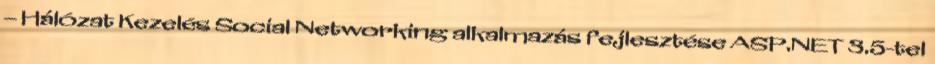
– Hálózat Kezelés Social Networking alkalmazás fejlesztése ASP.NET 3.5-tel